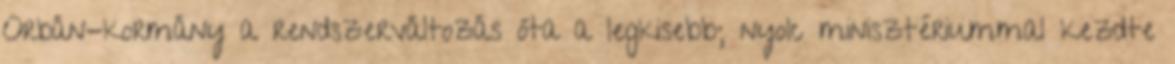
Orbán-kormány a rendszerváltozás óta a legkisebb; nyolc minisztériummal kezdte